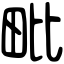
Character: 毗